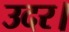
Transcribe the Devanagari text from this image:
उदर।